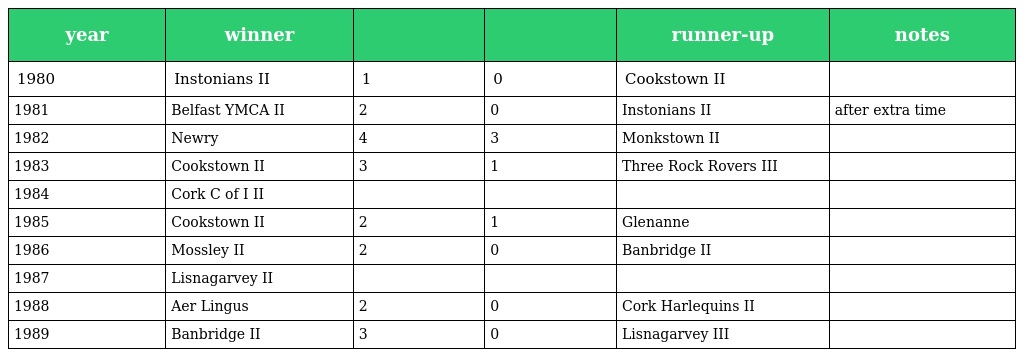
| year | winner |  |  | runner-up | notes |
 | --- | --- | --- | --- | --- | --- |
 | 1980 | Instonians II | 1 | 0 | Cookstown II |  |
 | 1981 | Belfast YMCA II | 2 | 0 | Instonians II | after extra time |
 | 1982 | Newry | 4 | 3 | Monkstown II |  |
 | 1983 | Cookstown II | 3 | 1 | Three Rock Rovers III |  |
 | 1984 | Cork C of I II |  |  |  |  |
 | 1985 | Cookstown II | 2 | 1 | Glenanne |  |
 | 1986 | Mossley II | 2 | 0 | Banbridge II |  |
 | 1987 | Lisnagarvey II |  |  |  |  |
 | 1988 | Aer Lingus | 2 | 0 | Cork Harlequins II |  |
 | 1989 | Banbridge II | 3 | 0 | Lisnagarvey III |  |